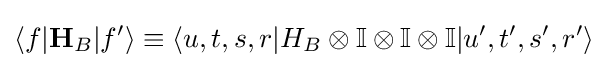
\langle f|\mathbf {H} _{B}|f'\rangle \equiv \langle u,t,s,r|H_{B}\otimes \mathbb {I} \otimes \mathbb {I} \otimes \mathbb {I} |u',t',s',r'\rangle